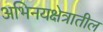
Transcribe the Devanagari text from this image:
अभिनयक्षेत्रातील